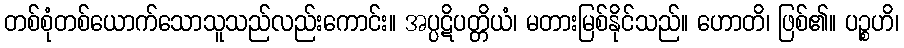
တစ်စုံတစ်ယောက်သောသူသည်လည်းကောင်း။ အပ္ပဋိပတ္တိယံ၊ မတားမြစ်နိုင်သည်။ ဟောတိ၊ ဖြစ်၏။ ပဉ္စဟိ၊